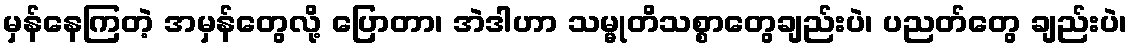
မှန်နေကြတဲ့ အမှန်တွေလို့ ပြောတာ၊ အဲဒါဟာ သမ္မုတိသစ္စာတွေချည်းပဲ၊ ပညတ်တွေ ချည်းပဲ၊